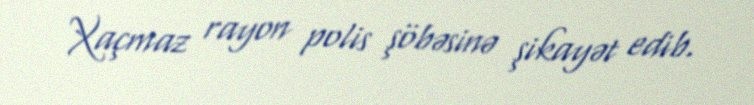
Xaçmaz rayon polis şöbəsinə şikayət edib.